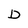
Character: D